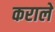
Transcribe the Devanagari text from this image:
कराले